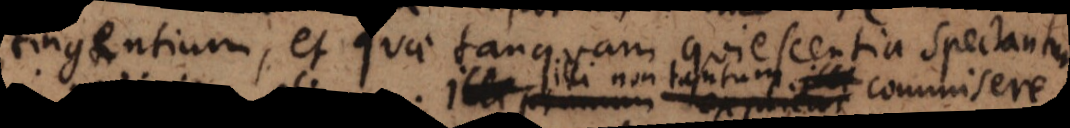
tingentium, et quae tanquam quiescentia spectant